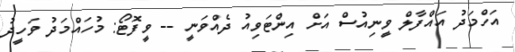
އަހްމަދު އައްފާލް ވީނިއުސް އަށް އިންޓަވިއު ދެއްވަނީ -- ވީފޮޓޯ: މުހައްމަދު ވަހީދު